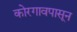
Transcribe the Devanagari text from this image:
कोरगावपासून